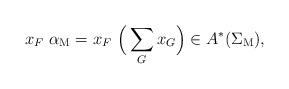
LaTeX: \begin{align*}x_F \ \alpha_\mathrm{M}= x_F \ \Big( \sum_G x_G\Big) \in A^*(\Sigma_\mathrm{M}),\end{align*}